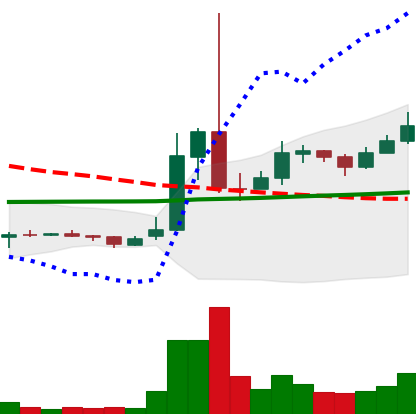
Ticker: XRP-USD
Chart end date: 2021-02-10
Forward return: 9.032%
Label: up_7plus